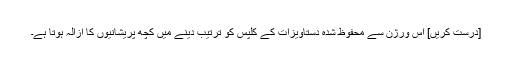
[درست کریں] اس ورژن سے محفوظ شدہ دستاویزات کے کلپس کو ترتیب دینے میں کچھ پریشانیوں کا ازالہ ہوتا ہے۔